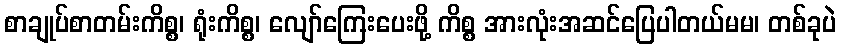
စာချုပ်စာတမ်းကိစ္စ၊ ရုံးကိစ္စ၊ လျော်ကြေးပေးဖို့ ကိစ္စ အားလုံးအဆင်ပြေပါတယ်မမ၊ တစ်ခုပဲ